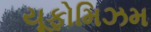
યૂફોમિઝમ